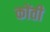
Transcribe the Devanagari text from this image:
कोंती